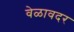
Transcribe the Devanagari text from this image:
वेळावदर